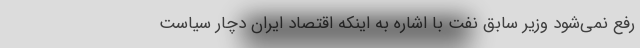
رفع نمی‌شود وزیر سابق نفت با اشاره به اینکه اقتصاد ایران دچار سیاست